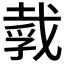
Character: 𪭒